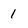
Character: 1